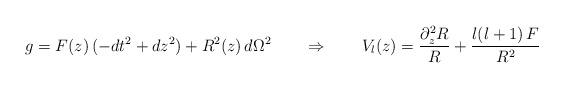
LaTeX: \begin{align*}g=F(z)\,(-dt^2+dz^2)+R^2(z)\,d\Omega^2\qquad \Rightarrow \qquad V_l(z)=\frac{\partial_z^2 R}{R}+\frac{l(l+1)\, F}{R^2}\end{align*}